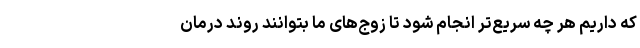
که داریم هر چه سریع‌تر انجام شود تا زوج‌های ما بتوانند روند درمان